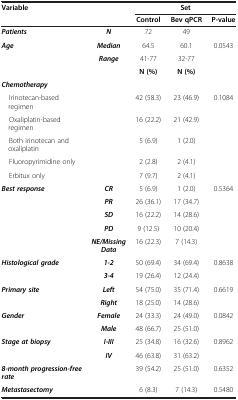
<table><thead><tr><td colspan="2"><b>Variable</b></td><td colspan="3"><b>Set</b></td></tr><tr><td colspan="2"><b> </b></td><td><b>Control</b></td><td><b>Bev qPCR</b></td><td><b>P-value</b></td></tr></thead><tbody><tr><td><b><i>Patients</i></b></td><td><b><i>N</i></b></td><td>72</td><td>49</td><td> </td></tr><tr><td><b><i>Age</i></b></td><td><b><i>Median</i></b></td><td>64.5</td><td>60.1</td><td>0.0543</td></tr><tr><td> </td><td><b><i>Range</i></b></td><td>41-77</td><td>32-77</td><td> </td></tr><tr><td> </td><td> </td><td><b>N (%)</b></td><td><b>N (%)</b></td><td> </td></tr><tr><td><b><i>Chemotherapy</i></b></td><td> </td><td> </td><td> </td><td> </td></tr><tr><td> Irinotecan-based regimen</td><td> </td><td>42 (58.3)</td><td>23 (46.9)</td><td>0.1084</td></tr><tr><td> Oxaliplatin-based regimen</td><td> </td><td>16 (22.2)</td><td>21 (42.9)</td><td> </td></tr><tr><td> Both irinotecan and oxaliplatin</td><td> </td><td>5 (6.9)</td><td>1 (2.0)</td><td> </td></tr><tr><td> Fluoropyrimidine only</td><td> </td><td>2 (2.8)</td><td>2 (4.1)</td><td> </td></tr><tr><td> Erbitux only</td><td> </td><td>7 (9.7)</td><td>2 (4.1)</td><td> </td></tr><tr><td><b><i>Best response</i></b></td><td><b><i>CR</i></b></td><td>5 (6.9)</td><td>1 (2.0)</td><td>0.5364</td></tr><tr><td> </td><td><b><i>PR</i></b></td><td>26 (36.1)</td><td>17 (34.7)</td><td> </td></tr><tr><td> </td><td><b><i>SD</i></b></td><td>16 (22.2)</td><td>14 (28.6)</td><td> </td></tr><tr><td> </td><td><b><i>PD</i></b></td><td>9 (12.5)</td><td>10 (20.4)</td><td> </td></tr><tr><td> </td><td><b><i>NE/Missing Data</i></b></td><td>16 (22.3)</td><td>7 (14.3)</td><td> </td></tr><tr><td><b><i>Histological grade</i></b></td><td><b><i>1-2</i></b></td><td>50 (69.4)</td><td>34 (69.4)</td><td>0.8638</td></tr><tr><td> </td><td><b><i>3-4</i></b></td><td>19 (26.4)</td><td>12 (24.4)</td><td> </td></tr><tr><td><b><i>Primary site</i></b></td><td><b><i>Left</i></b></td><td>54 (75.0)</td><td>35 (71.4)</td><td>0.6619</td></tr><tr><td> </td><td><b><i>Right</i></b></td><td>18 (25.0)</td><td>14 (28.6)</td><td> </td></tr><tr><td><b><i>Gender</i></b></td><td><b><i>Female</i></b></td><td>24 (33.3)</td><td>24 (49.0)</td><td>0.0842</td></tr><tr><td> </td><td><b><i>Male</i></b></td><td>48 (66.7)</td><td>25 (51.0)</td><td> </td></tr><tr><td><b><i>Stage at biopsy</i></b></td><td><b><i>I-III</i></b></td><td>25 (34.8)</td><td>16 (32.6)</td><td>0.8962</td></tr><tr><td> </td><td><b><i>IV</i></b></td><td>46 (63.8)</td><td>31 (63.2)</td><td> </td></tr><tr><td><b><i>8-month progression-free rate</i></b></td><td> </td><td>39 (54.2)</td><td>25 (51.0)</td><td>0.6352</td></tr><tr><td><b><i>Metastasectomy</i></b></td><td> </td><td>6 (8.3)</td><td>7 (14.3)</td><td>0.5480</td></tr></tbody></table>